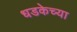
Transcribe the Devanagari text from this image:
धडकेच्या